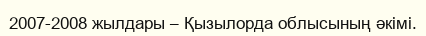
2007-2008 жылдары – Қызылорда облысының әкімі.